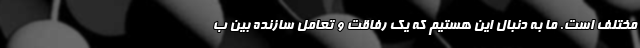
مختلف است. ما به دنبال این هستیم که یک رفاقت و تعامل سازنده بین ب